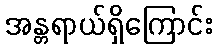
အန္တရာယ်ရှိကြောင်း